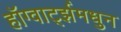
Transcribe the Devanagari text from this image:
हॉग्वार्ट्झमधुन